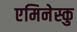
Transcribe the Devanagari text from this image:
एमिनेस्कु